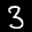
Label: 3